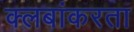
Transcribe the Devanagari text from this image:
क्लबांकरता